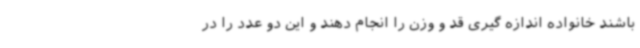
باشند خانواده اندازه گیری قد و وزن را انجام دهند و این دو عدد را در